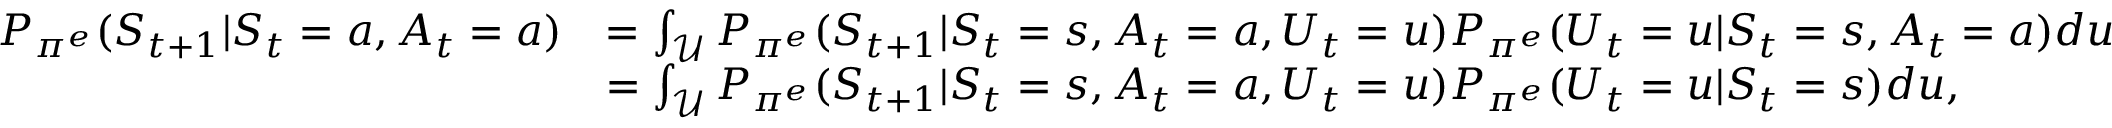
\begin{array} { r l } { P _ { \pi ^ { e } } ( S _ { t + 1 } | S _ { t } = a , A _ { t } = a ) } & { = \int _ { \mathcal { U } } P _ { \pi ^ { e } } ( S _ { t + 1 } | S _ { t } = s , A _ { t } = a , U _ { t } = u ) P _ { \pi ^ { e } } ( U _ { t } = u | S _ { t } = s , A _ { t } = a ) d u } \\ & { = \int _ { \mathcal { U } } P _ { \pi ^ { e } } ( S _ { t + 1 } | S _ { t } = s , A _ { t } = a , U _ { t } = u ) P _ { \pi ^ { e } } ( U _ { t } = u | S _ { t } = s ) d u , } \end{array}